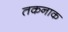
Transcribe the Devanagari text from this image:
तकनाक